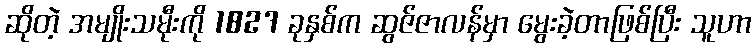
ဆိုတဲ့ အမျိုးသမီုးကို 1827 ခုနှစ်က ဆွဇ်ဇာလန်မှာ မွေးခဲ့တာဖြစ်ပြီး သူဟာ